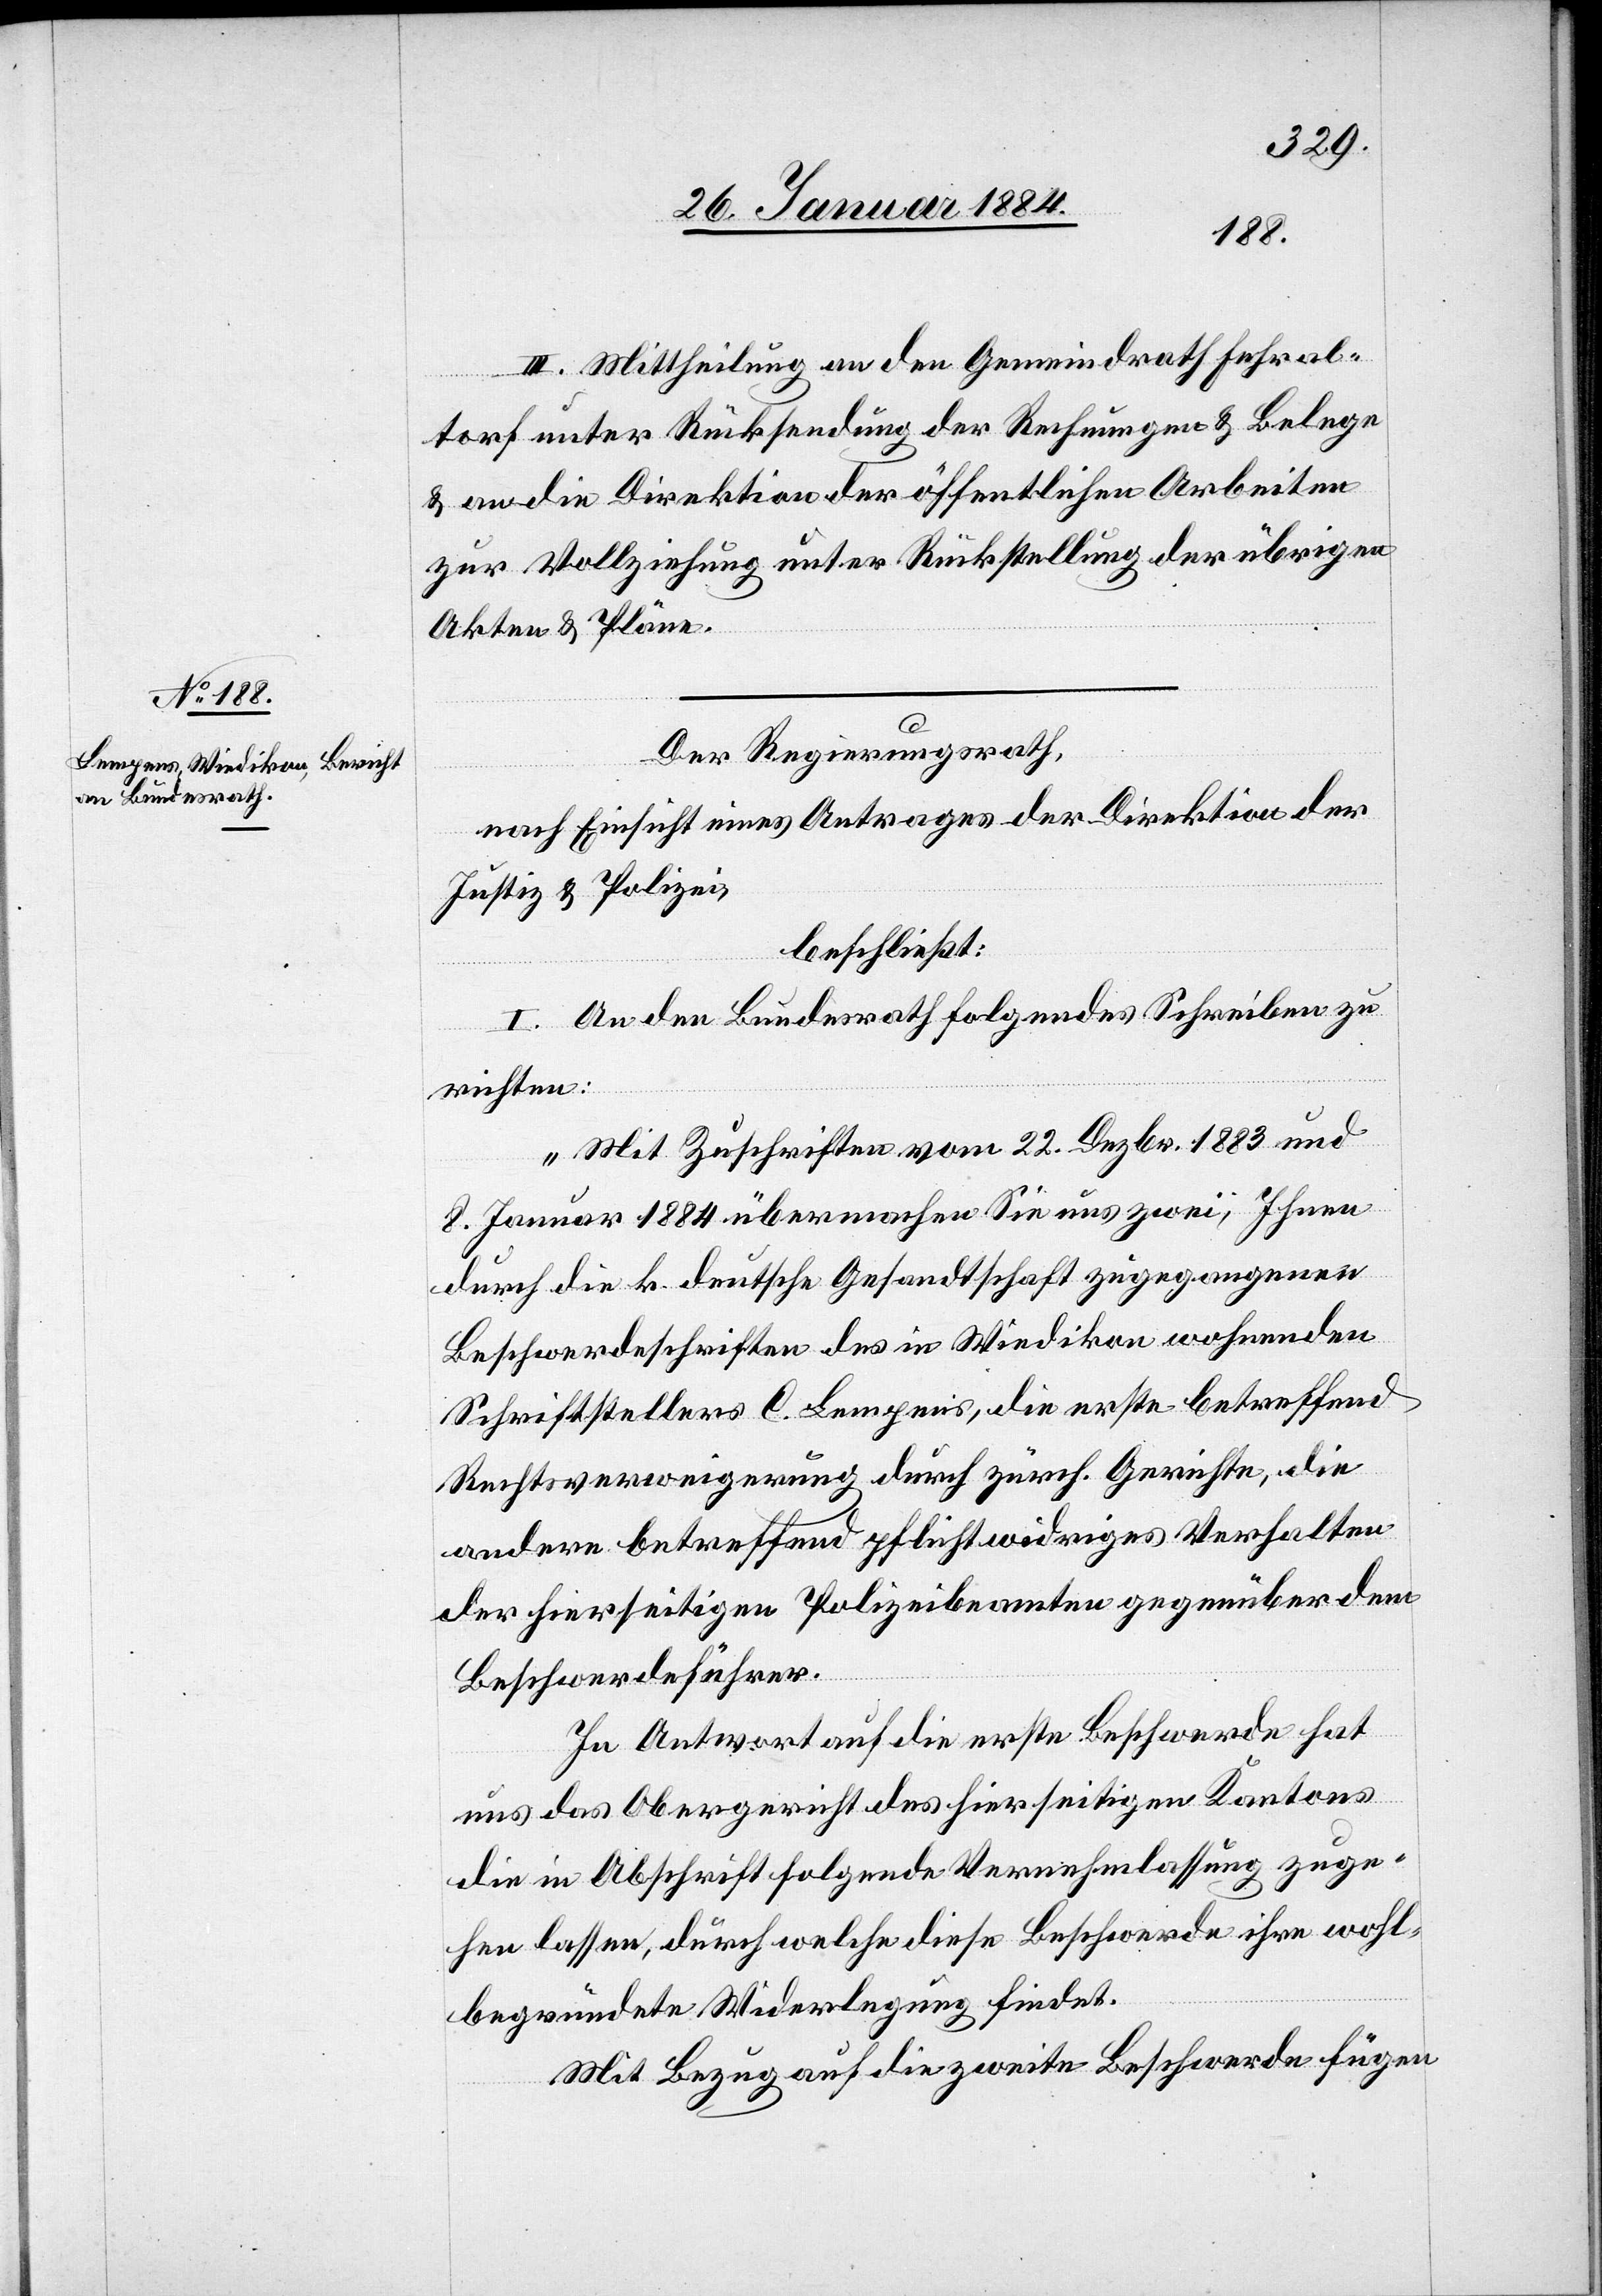
III. Mittheilung an den Gemeindrath Fehral¬
torf unter Rücksendung der Rechnungen & Belege
& an die Direktion der öffentlichen Arbeiten
zur Vollziehung unter Rückstellung der übrigen
Akten & Pläne.
Der Regierungsrath,
nach Einsicht eines Antrages der Direktion der
Justiz & Polizei,
beschließt:
I. An den Bundesrath folgendes Schreiben zu
richten:
„Mit Zuschriften vom 22. Dezbr. 1883 und
8. Januar 1884 übermachen Sie uns zwei, Ihnen
durch die k. deutsche Gesandtschaft zugegangene
Beschwerdeschriften des in Wiedikon wohnenden
Schriftstellers C. Lempens, die erste betreffend
Rechtsverweigerung durch zürch. Gerichte, die
andere betreffend pflichtwidriges Verhalten
der hierseitigen Polizeibeamten gegenüber dem
Beschwerdeführer.
In Antwort auf die erste Beschwerde hat
uns das Obergericht des hierseitigen Kantons
die in Abschrift folgende Vernehmlassung zuge¬
hen lassen, durch welche diese Beschwerde ihre wohl¬
begründete Widerlegung findet.
Mit Bezug auf die zweite Beschwerde fügen